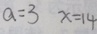
a = 3 x = 1 4